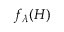
f _ { \lambda } ( H )